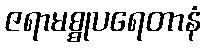
ဇရာမစ္စုပရေတာနံ